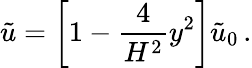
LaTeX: \tilde{u}=\left[1-{\frac{4}{H^{2}}}y^{2}\right]\tilde{u}_{0}\, .